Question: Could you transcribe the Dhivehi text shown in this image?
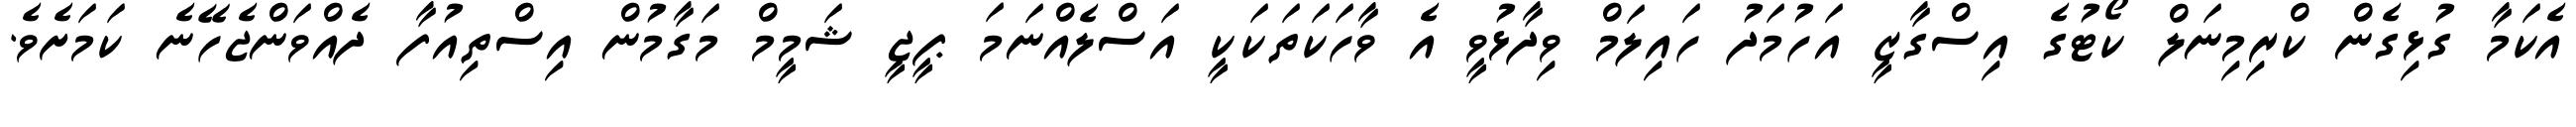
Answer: އެކަމާ ގުޅިގެން ކްރިމިނަލް ކޯޓުގެ އިސްގާޒީ އަހުމަދު ހައިލަމް ވިދާޅުވީ އެ ވާހަކަތަކަކީ އަސްލެއްނަމަ ޕީޖީ ޝަމީމް މަގާމުން އިސްތިއުފާ ދެއްވަންޖެހޭނެ ކަމަށެވެ.